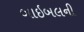
બાઇબલની